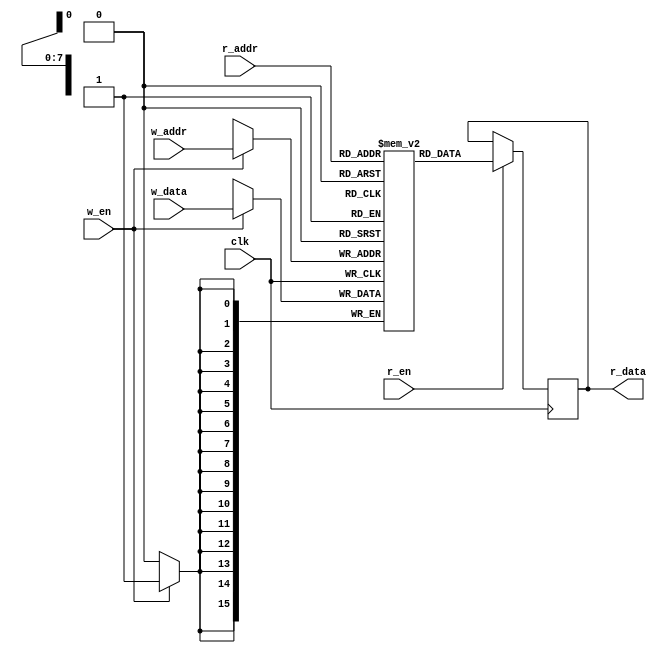
module memory #(

    // Parameters
    parameter   MEM_WIDTH = 16,
    parameter   MEM_DEPTH = 256,
    parameter   INIT_FILE = ""
) (

    // Inputs
    input               clk,
    input               w_en,
    input               r_en,
    input       [ADDR_WIDTH - 1:0]   w_addr,
    input       [ADDR_WIDTH - 1:0]   r_addr,
    input       [MEM_WIDTH - 1:0]  w_data,
    
    // Outputs
    output  reg [MEM_WIDTH - 1:0]  r_data
);

    // Calculate the number of bits required for the address
    localparam  ADDR_WIDTH = $clog2(MEM_DEPTH);

    // Declare memory
    reg [MEM_WIDTH - 1:0]  mem [0:MEM_DEPTH - 1];
    
    // Interact with the memory block
    always @ (posedge clk) begin
        
        // Write to memory
        if (w_en) begin
            mem[w_addr] <= w_data;
        end
        
        // Read from memory
        if (r_en) begin
            r_data <= mem[r_addr];
        end
    end
    
    // Initialization (if available)
    initial if (INIT_FILE) begin
        $readmemh(INIT_FILE, mem);
    end
    
endmodule